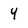
Character: 4